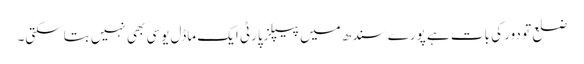
ضلع تو دور کی بات ہے پورے سندھ میں پیپلزپارٹی ایک ماڈل یوسی بھی نہیں بتاسکتی۔